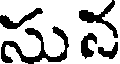
సున